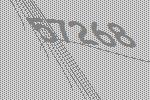
57268